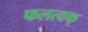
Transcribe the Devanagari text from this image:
फलत्वक्‌